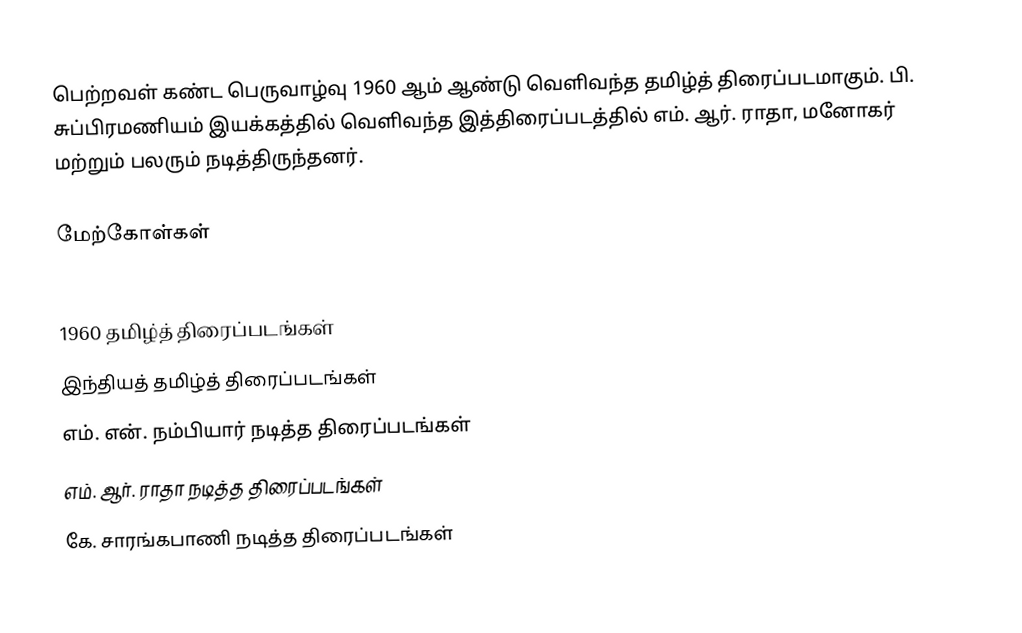
பெற்றவள் கண்ட பெருவாழ்வு 1960 ஆம் ஆண்டு வெளிவந்த தமிழ்த் திரைப்படமாகும். பி. சுப்பிரமணியம் இயக்கத்தில் வெளிவந்த இத்திரைப்படத்தில் எம். ஆர். ராதா, மனோகர் மற்றும் பலரும் நடித்திருந்தனர்.

மேற்கோள்கள்

1960 தமிழ்த் திரைப்படங்கள்
இந்தியத் தமிழ்த் திரைப்படங்கள்
எம். என். நம்பியார் நடித்த திரைப்படங்கள்
எம். ஆர். ராதா நடித்த திரைப்படங்கள்
கே. சாரங்கபாணி நடித்த திரைப்படங்கள்